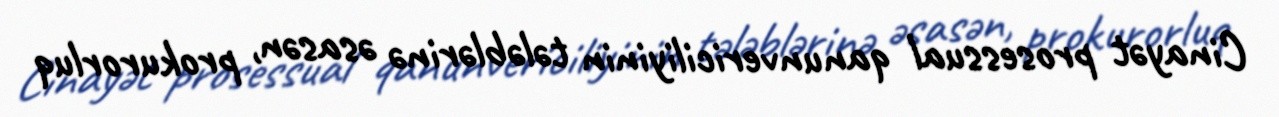
Cinayət prosessual qanunvericiliyinin tələblərinə əsasən, prokurorluq